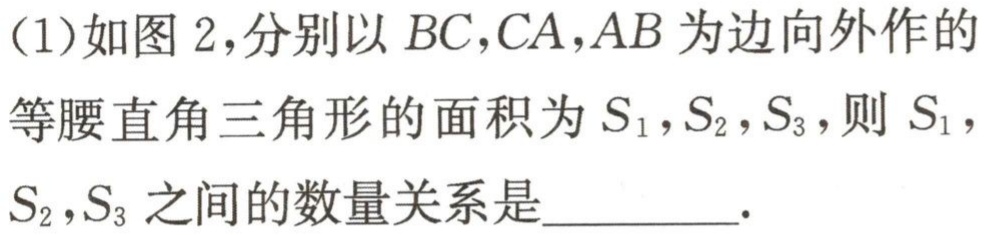
(1)如图 2，分别以 \(BC,CA,AB\)为边向外作的等腰直角三角形的面积为 \(S_{1},S_{2},S_{3}\)，则 \(S_{1}\)，\(S_{2}\)，\(S_{3}\) 之间的数量关系是_________.